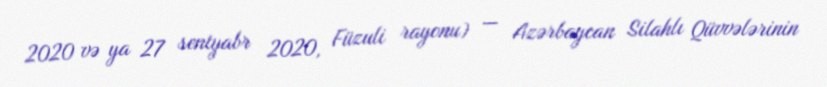
2020 və ya 27 sentyabr 2020, Füzuli rayonu) — Azərbaycan Silahlı Qüvvələrinin